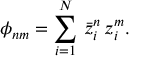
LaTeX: \phi _ { n m } = \sum _ { i = 1 } ^ { N } \, \bar { z } _ { i } ^ { n } \, z _ { i } ^ { m } .